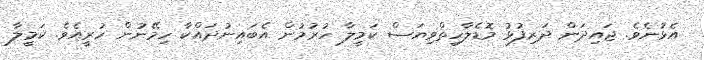
އެޅުނެވެ. ޖައިދަން ދަރިފުޅު މޮޑެލާހިތްވިޔަސް ކަމީލާ ހުރުމުން އެބައިނުދައްކާ ހިމޭނުން ހުރީއެވެ. ކަމީލާ